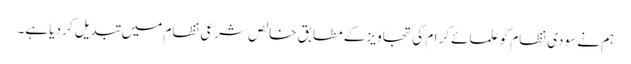
ہم نے سودی نظام کو علمائے کرام کی تجاویز کے مطابق خالص شرعی نظام میں تبدیل کر دیا ہے۔